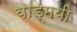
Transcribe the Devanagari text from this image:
वाड्मयी